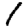
Digit: 1